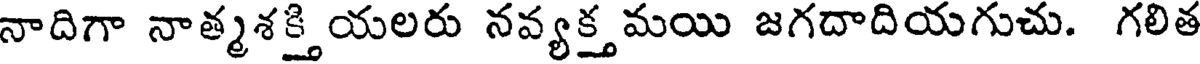
నాదిగా నాత్మశక్తి యలరు నవ్యక్త మయి జగదాదియగుచు. గలిత